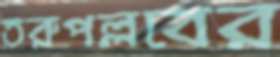
তরুপল্লবের